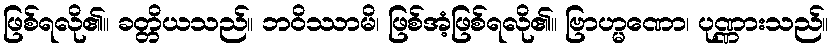
ဖြစ်ရလို၏။ ခတ္တိယသည်။ ဘဝိဿာမိ၊ ဖြစ်အံ့ဖြစ်ရလို၏။ ဗြာဟ္မဏော၊ ပုဏ္ဏားသည်။